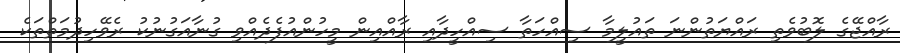
ރާއްޖޭގެ ލޮބުވެތި ރައްޔަތުންނަ ތައުލީމާ ސިއްހަތާ ސިއްހީދާއި ރާއްއިން މީހުންއުފެދެއްވި ގުނާއަގުނުކު ރެވޭހިދުމަތްތަކެ